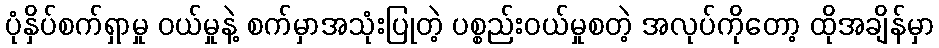
ပုံနှိပ်စက်ရှာမှု ဝယ်မှုနဲ့ စက်မှာအသုံးပြုတဲ့ ပစ္စည်းဝယ်မှုစတဲ့ အလုပ်ကိုတော့ ထိုအချိန်မှာ